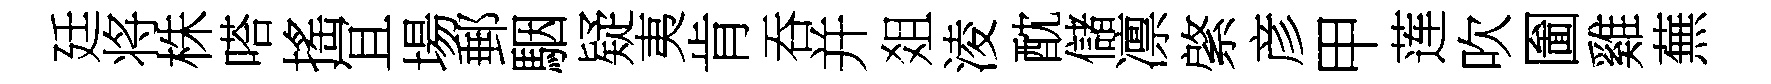
廷将株嗒搖冝場郵駰疑夷肯吞并爼淩酖儲凛綮彦甲莲吹圗雞蕪